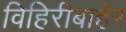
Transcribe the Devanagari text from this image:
विहिरीबाहेर